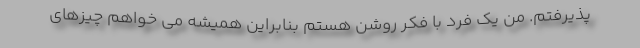
پذیرفتم. من یک فرد با فکر روشن هستم بنابراین همیشه می خواهم چیزهای